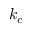
k _ { c }